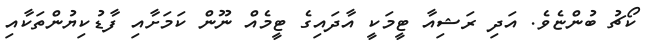
ކޯޗު ބުންޏެވެ. އަދި ރަޝިއާ ޓީމަކީ އާދައިގެ ޓީމެއް ނޫން ކަމަށާއި ފާޑުކިޔުންތަކާއި